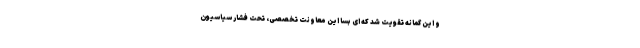
و این گمانه تقویت شد که ای بسا این معاونت تخصصی، تحت فشار سیاسیون